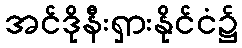
အင်ဒိုနီးရှားနိုင်ငံ၌